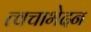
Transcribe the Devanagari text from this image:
त्वचाभेदन